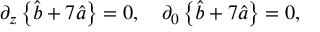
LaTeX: \partial _ { z } \left\{ \hat { b } + 7 \hat { a } \right\} = 0 , \quad \partial _ { 0 } \left\{ \hat { b } + 7 \hat { a } \right\} = 0 ,